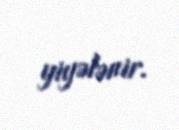
yiyələnir.